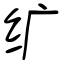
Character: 纩